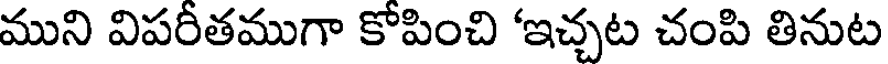
ముని విపరీతముగా కోపించి 'ఇచ్చట చంపి తినుట